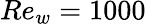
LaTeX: Re_{w}=1000